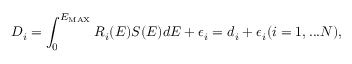
D _ { i } = \int _ { 0 } ^ { E _ { \mathrm { M A X } } } R _ { i } ( E ) S ( E ) d E + \epsilon _ { i } = d _ { i } + \epsilon _ { i } ( i = 1 , . . . N ) ,